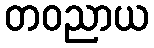
တဝညာယ